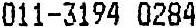
011-3194 0284